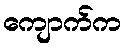
ကျောက်က